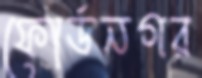
ফোর্ডনগর